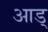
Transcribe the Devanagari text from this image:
आड्